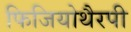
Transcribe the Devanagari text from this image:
फिजियोथैरपी